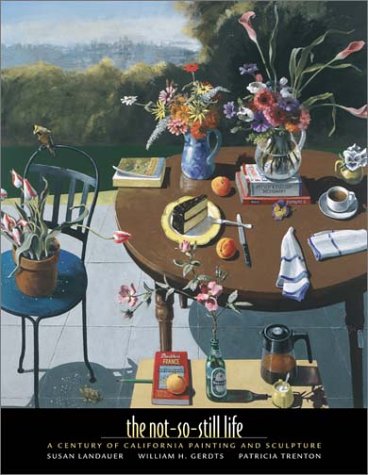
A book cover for The Not-So-Still Life: A Century of California Painting and Sculpture; Susan Landauer; Arts & Photography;